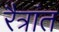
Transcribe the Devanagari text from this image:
रैत्रांत